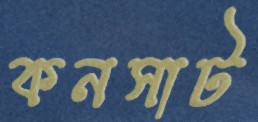
কনসাট